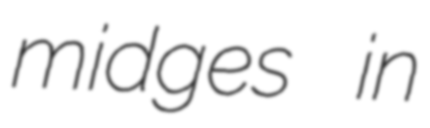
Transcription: midges in